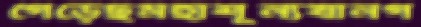
গেড়েছমহাশূন্যযানগ